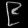
Digit: ၉